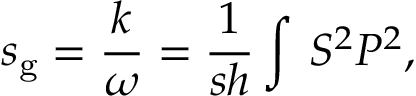
s _ { \mathrm { g } } = \frac { \d k } { \d \omega } = \frac { 1 } { s h } \int \d z \, S ^ { 2 } P ^ { 2 } ,